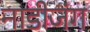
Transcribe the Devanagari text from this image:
नाडीजंग